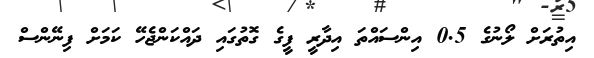
އިތުރަށް ލޯނުގެ 0.5 އިންސައްތަ އިދާރީ ފީގެ ގޮތުގައި ދައްކަންޖެހޭ ކަމަށް ފިނޭންސް